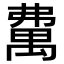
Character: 𥝃